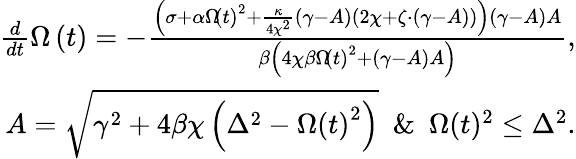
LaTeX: \begin{array}{r}{\frac{d}{dt}\Omega\left(t\right)=-\frac{\left(\sigma+\alpha\Omega\! \left(t\right)^{2}+\frac{\kappa}{4\chi^{2}}\left(\gamma-A\right)\left(2\chi+\zeta\cdot\left(\gamma-A\right)\right)\right)\left(\gamma-A\right)A}{\beta\left(4\chi\beta\Omega\! \left(t\right)^{2}+\left(\gamma-A\right)A\right)},}\\ {A=\sqrt{\gamma^{2}+4\beta\chi\left(\Delta^{2}-\Omega\left(t\right)^{2}\right)}\ \ \& \ \ \Omega(t)^{2}\le\Delta^{2}.}\end{array}